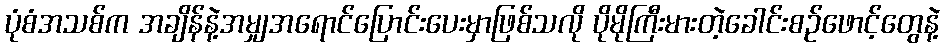
ပုံစံအသစ်က အချိန်နဲ့အမျှအရောင်ပြောင်းပေးမှာဖြစ်သလို ပိုမိုကြီးမားတဲ့ခေါင်းစဉ်ဖောင့်တွေနဲ့